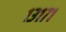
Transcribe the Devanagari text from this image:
१३१७१